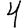
Digit: 4